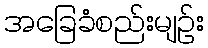
အခြေခံစည်းမျဉ်း